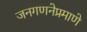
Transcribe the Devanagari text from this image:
जनगणनेप्रमाणे